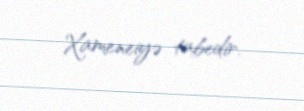
Xameneiyə tabedir.